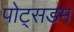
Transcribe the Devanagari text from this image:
पोट्सडम